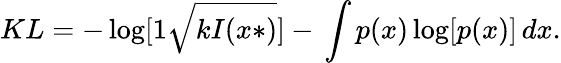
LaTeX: KL=-\log[1{\sqrt{kI(x*)}}]-\, \int p(x)\log[p(x)]\, dx.